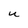
Character: U